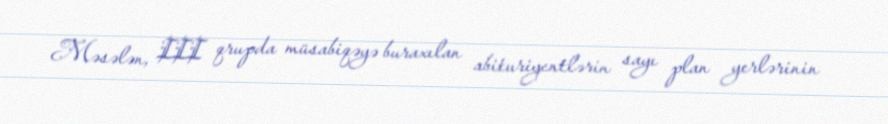
Məsələn, III qrupda müsabiqəyə buraxılan abituriyentlərin sayı plan yerlərinin